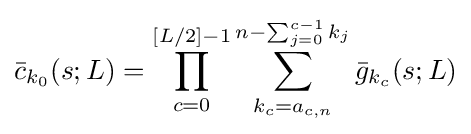
{\bar {c}}_{k_{0}}(s;L)=\prod _{c=0}^{[L/2]-1}\sum _{k_{c}=a_{c,n}}^{n-\sum _{j=0}^{c-1}k_{j}}{\bar {g}}_{k_{c}}(s;L)